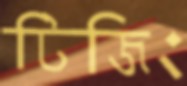
টিজিং